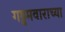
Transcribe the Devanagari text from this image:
गड्डमवाराच्या